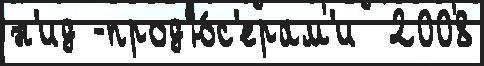
н'ид -прод'ю́с'ерам'и  2008